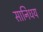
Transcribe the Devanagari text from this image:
सानिधय